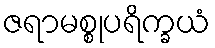
ဇရာမစ္စုပရိက္ခယံ